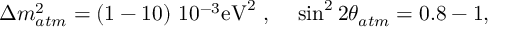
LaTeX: \Delta m _ { a t m } ^ { 2 } = ( 1 - 1 0 ) ~ 1 0 ^ { - 3 } \mathrm { e V } ^ { 2 } ~ , ~ ~ ~ \sin ^ { 2 } 2 \theta _ { a t m } = 0 . 8 - 1 ,